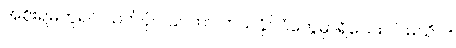
အစိုးရမတူရင် သတ်ပုံပါပြင်တာ ဘယ်နိုင်ငံတွေမှာရှိသေးလဲ မသိပါ။